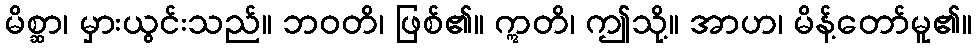
မိစ္ဆာ၊ မှားယွင်းသည်။ ဘဝတိ၊ ဖြစ်၏။ ဣတိ၊ ဤသို့။ အာဟ၊ မိန့်တော်မူ၏။